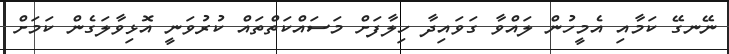
ނޭނގޭ ކަމާއި އެމީހުން ލައްވާ ގަވައިދާ ހިލާފަށް މަސައްކަތްތައް ކުރުވަނީ އޮޅިވާލަގެން ކަމަށް